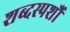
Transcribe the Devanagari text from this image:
शब्दस्पर्शौ